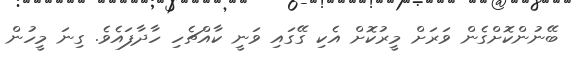
ބޭނުންކޮށްގެން ވަރަށް މީރުކޮށް އެކި ގޭގައި ވަނީ ކާއްޗެހި ހާދާފައެވެ. ގިނަ މީހުން